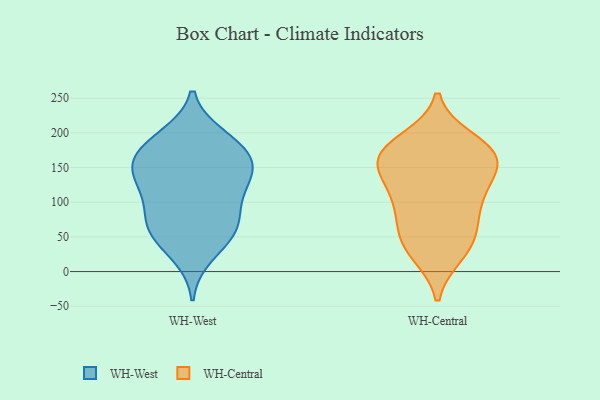
{"axis": {"x": "Temperature (°C)", "y": "Value"}, "legend": ["WH-Central", "WH-West"], "data": [{"x": "", "y": 23, "type": "WH-West"}, {"x": "", "y": 151, "type": "WH-West"}, {"x": "", "y": 137, "type": "WH-West"}, {"x": "", "y": 116, "type": "WH-West"}, {"x": "", "y": 54, "type": "WH-West"}, {"x": "", "y": 100, "type": "WH-West"}, {"x": "", "y": 61, "type": "WH-West"}, {"x": "", "y": 65, "type": "WH-West"}, {"x": "", "y": 154, "type": "WH-West"}, {"x": "", "y": 56, "type": "WH-West"}, {"x": "", "y": 91, "type": "WH-West"}, {"x": "", "y": 154, "type": "WH-West"}, {"x": "", "y": 190, "type": "WH-West"}, {"x": "", "y": 182, "type": "WH-West"}, {"x": "", "y": 168, "type": "WH-West"}, {"x": "", "y": 133, "type": "WH-West"}, {"x": "", "y": 195, "type": "WH-West"}, {"x": "", "y": 167, "type": "WH-Central"}, {"x": "", "y": 160, "type": "WH-Central"}, {"x": "", "y": 188, "type": "WH-Central"}, {"x": "", "y": 27, "type": "WH-Central"}, {"x": "", "y": 63, "type": "WH-Central"}, {"x": "", "y": 114, "type": "WH-Central"}, {"x": "", "y": 81, "type": "WH-Central"}, {"x": "", "y": 168, "type": "WH-Central"}, {"x": "", "y": 148, "type": "WH-Central"}, {"x": "", "y": 173, "type": "WH-Central"}, {"x": "", "y": 119, "type": "WH-Central"}, {"x": "", "y": 34, "type": "WH-Central"}, {"x": "", "y": 105, "type": "WH-Central"}, {"x": "", "y": 169, "type": "WH-Central"}, {"x": "", "y": 45, "type": "WH-Central"}]}